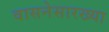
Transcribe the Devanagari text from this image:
वासनेसारख्या